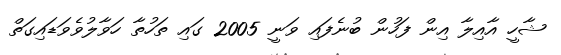
ޝާހީ އާއިލާ އިން ފަހުން ބުނެފައި ވަނީ 2005 ގައި ތަހުތާ ހަވާލުވެވަޑައިގަތް